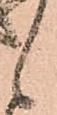
候